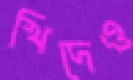
খিদেও